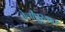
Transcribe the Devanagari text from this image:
तेलीपुर्‍यात